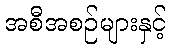
အစီအစဉ်များနှင့်